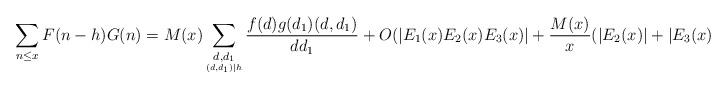
LaTeX: \begin{align*} \sum_{n\le x}F(n-h)G(n)&=M(x)\sum_{\underset{(d,d_1)\mid h}{d, d_1}}\frac{f(d)g(d_1)(d,d_1)}{dd_1}+O(|E_1(x)E_2(x)E_3(x)|+\frac{M(x)}{x}(|E_2(x)|+|E_3(x)|)). \end{align*}